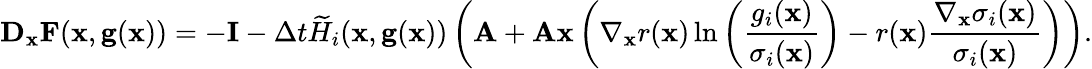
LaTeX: \mathbf D_{\mathbf x}\mathbf F(\mathbf x,\mathbf g(\mathbf x))=-\mathbf I-\Delta t\widetilde H_{i}(\mathbf x,\mathbf g(\mathbf x))\left(\mathbf A+\mathbf A\mathbf x\left(\nabla_{\mathbf x}r(\mathbf x)\ln\left(\frac{g_{i}(\mathbf x)}{\sigma_{i}(\mathbf x)}\right)-r(\mathbf x)\frac{\nabla_{\mathbf x}\sigma_{i}(\mathbf x)}{\sigma_{i}(\mathbf x)}\right)\right).